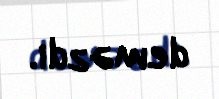
deməzdi.